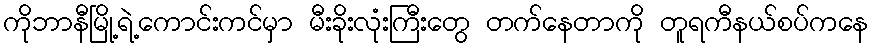
ကိုဘာနီမြို့ရဲ့ကောင်းကင်မှာ မီးခိုးလုံးကြီးတွေ တက်နေတာကို တူရကီနယ်စပ်ကနေ